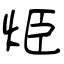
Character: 烥